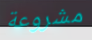
مشروعة